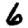
Digit: 6